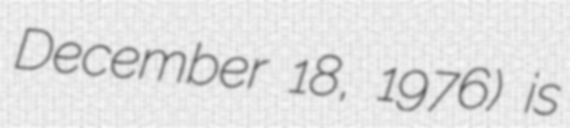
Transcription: December 18, 1976) is